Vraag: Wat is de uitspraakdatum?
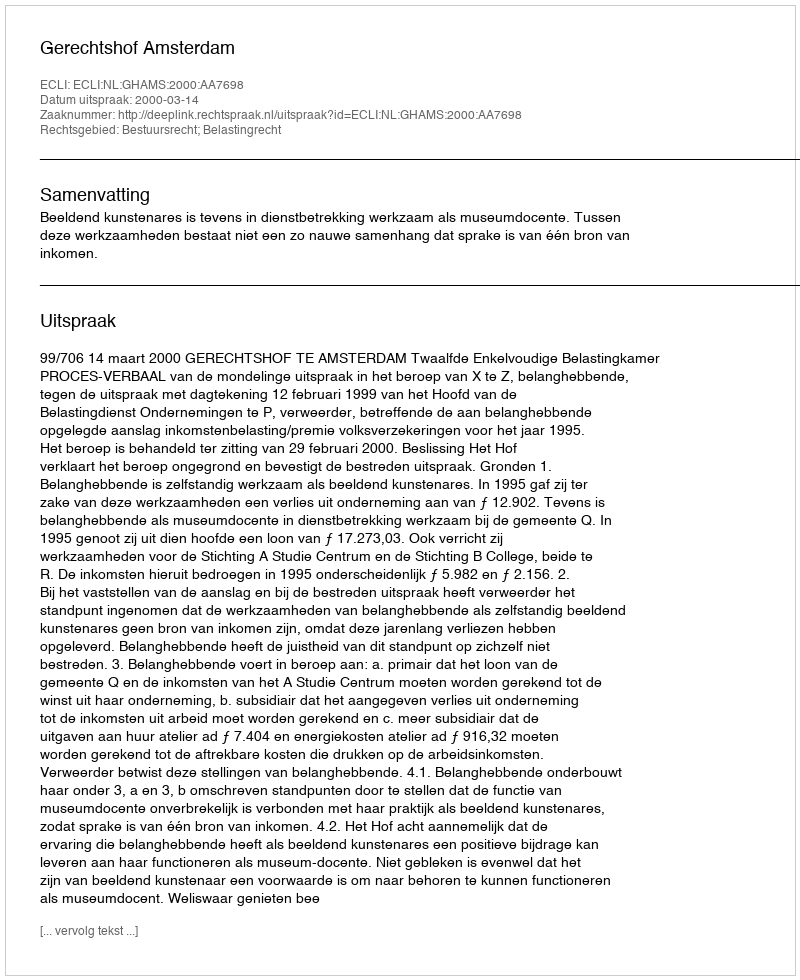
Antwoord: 2000-03-14